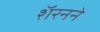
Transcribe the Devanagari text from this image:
शॅरनने